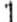
1